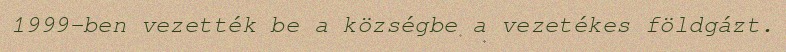
1999-ben vezették be a községbe a vezetékes földgázt.